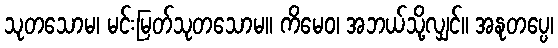
သုတသောမ၊ မင်းမြတ်သုတသောမ။ ကိမေဝ၊ အဘယ်သို့လျှင်။ အနုတပ္ပေ၊